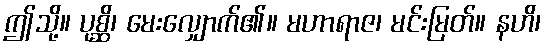
ဤသို့။ ပုစ္ဆိ၊ မေးလျှောက်၏။ မဟာရာဇ၊ မင်းမြတ်။ နဟိ၊